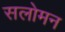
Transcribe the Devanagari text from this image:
सलोमन